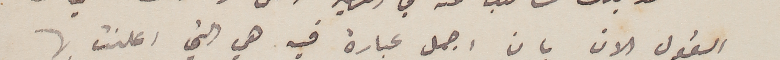
القول الان بان اجمل عبارة فيه هي التي اعلنت بها